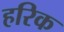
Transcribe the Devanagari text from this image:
हरिक